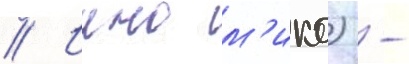
// Иино м'ико) -